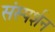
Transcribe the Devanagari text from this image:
संस्पर्शन